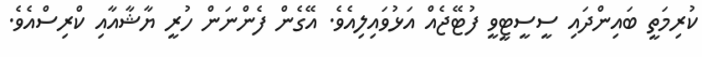
ކުރިމަތީ ބައިންދައި ސީސީޓީވީ ފުޓޭޖެއް އަޅުވައިލިއެވެ. އޭގެން ފެންނަން ހުރީ ޔާޝާއާއި ކްރިސްއެވެ.